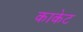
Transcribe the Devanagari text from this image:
काकेट